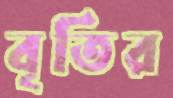
বৃতির